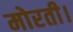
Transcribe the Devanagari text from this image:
मोरती।